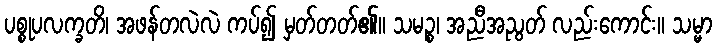
ပစ္စုပလက္ခတိ၊ အဖန်တလဲလဲ ကပ်၍ မှတ်တတ်၏။ သမဉ္စ၊ အညီအညွတ် လည်းကောင်း။ သမ္မာ